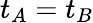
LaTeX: t_{A}=t_{B}